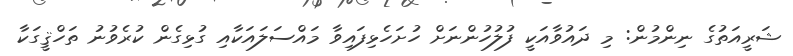
ޝަރީއަތުގެ ނިންމުން: މި ދައުވާއަކީ ފުލުހުންނަށް ހުށަހެޅިފައިވާ މައްސަލައަކާއި ގުޅިގެން ކުރެވުނު ތަހްޤީގަކާ